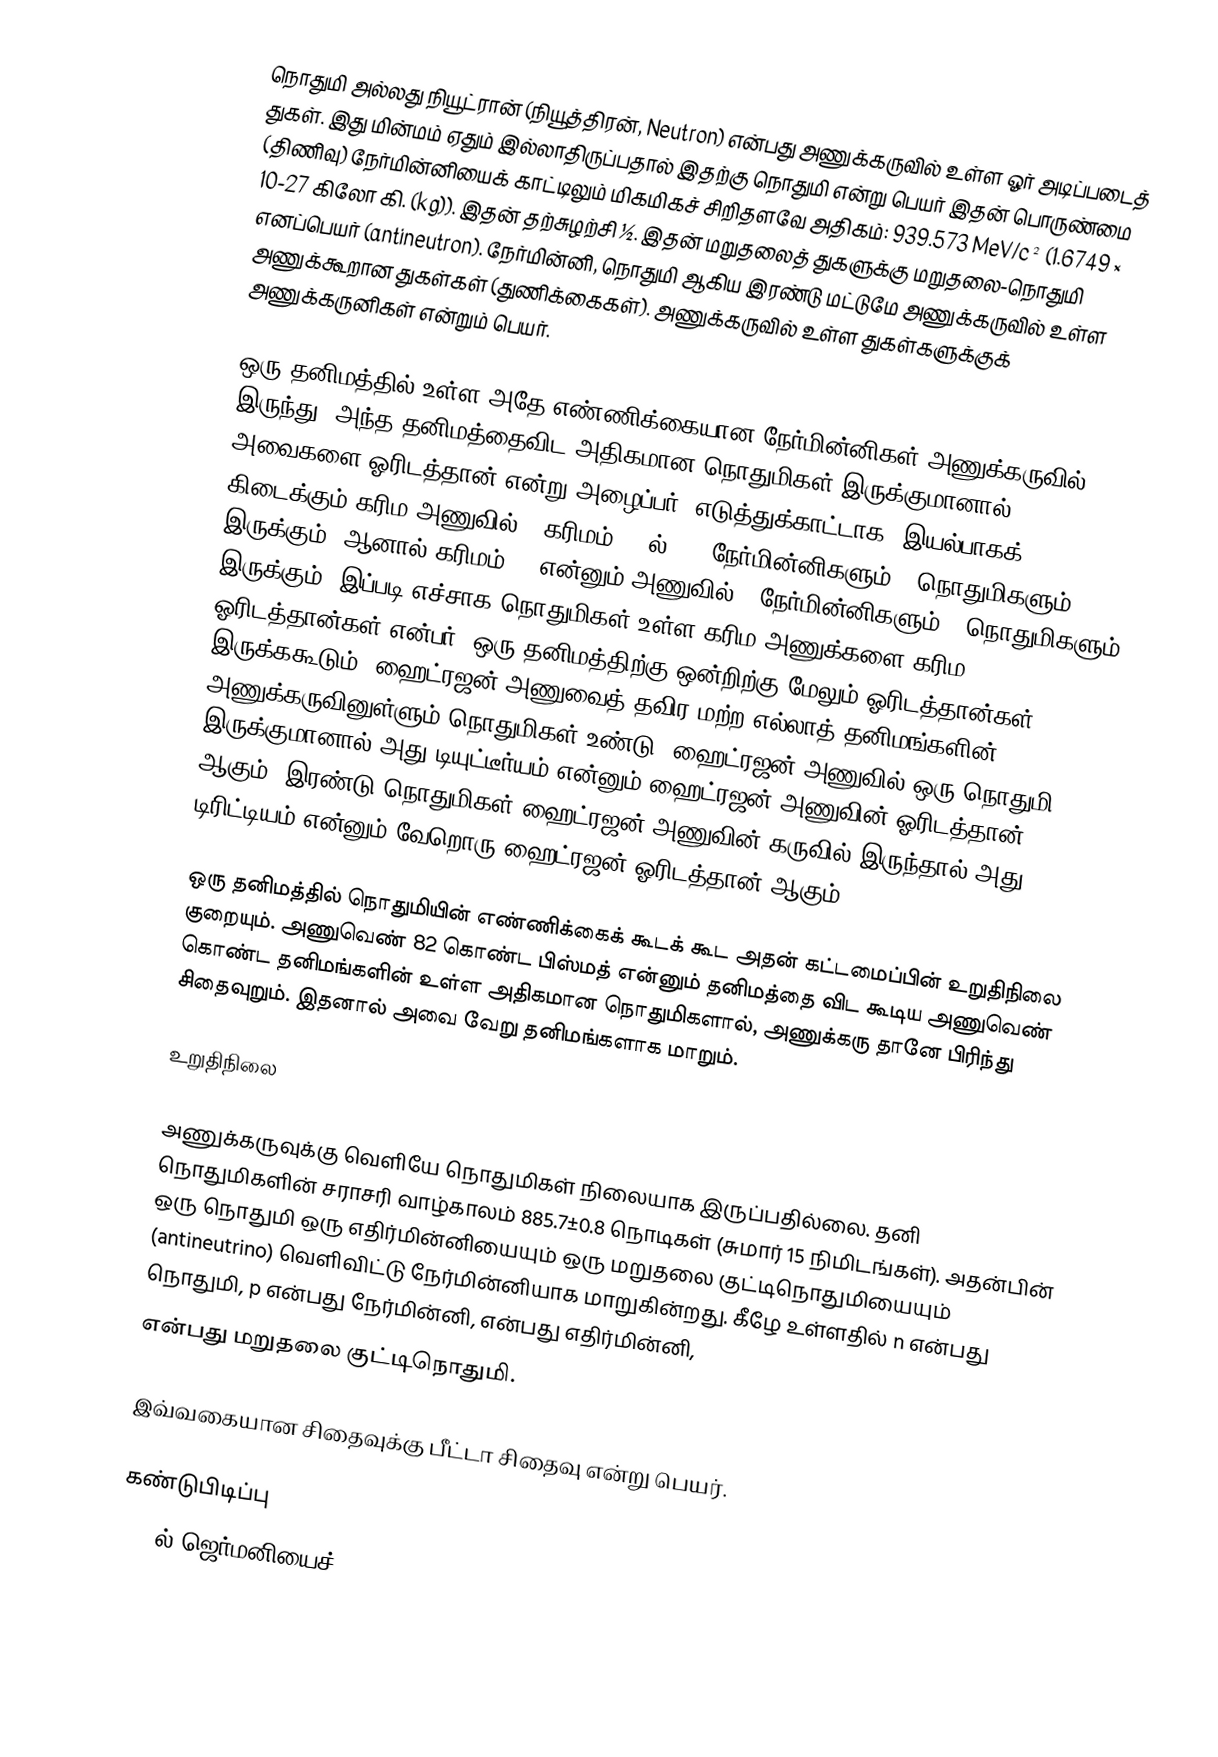
நொதுமி அல்லது நியூட்ரான் (நியூத்திரன், Neutron) என்பது அணுக்கருவில் உள்ள ஓர் அடிப்படைத் துகள். இது மின்மம் ஏதும் இல்லாதிருப்பதால் இதற்கு நொதுமி என்று பெயர் இதன் பொருண்மை (திணிவு) நேர்மின்னியைக் காட்டிலும் மிகமிகச் சிறிதளவே அதிகம்: 939.573 MeV/c² (1.6749 × 10-27 கிலோ கி. (kg)). இதன் தற்சுழற்சி ½. இதன் மறுதலைத் துகளுக்கு மறுதலை-நொதுமி எனப்பெயர் (antineutron). நேர்மின்னி, நொதுமி ஆகிய இரண்டு மட்டுமே அணுக்கருவில் உள்ள அணுக்கூறான துகள்கள் (துணிக்கைகள்). அணுக்கருவில் உள்ள துகள்களுக்குக் அணுக்கருனிகள் என்றும் பெயர்.

ஒரு தனிமத்தில் உள்ள அதே எண்ணிக்கையான நேர்மின்னிகள் அணுக்கருவில் இருந்து, அந்த தனிமத்தைவிட அதிகமான நொதுமிகள் இருக்குமானால் அவைகளை ஓரிடத்தான் என்று அழைப்பர். எடுத்துக்காட்டாக, இயல்பாகக் கிடைக்கும் கரிம அணுவில், (கரிமம்-12 ல்), 6 நேர்மின்னிகளும் 6 நொதுமிகளும் இருக்கும். ஆனால் கரிமம்-14 என்னும் அணுவில் 6 நேர்மின்னிகளும் 8 நொதுமிகளும் இருக்கும். இப்படி எச்சாக நொதுமிகள் உள்ள கரிம அணுக்களை கரிம ஓரிடத்தான்கள் என்பர். ஒரு தனிமத்திற்கு ஒன்றிற்கு மேலும் ஓரிடத்தான்கள் இருக்ககூடும். ஹைட்ரஜன் அணுவைத் தவிர மற்ற எல்லாத் தனிமங்களின் அணுக்கருவினுள்ளும் நொதுமிகள் உண்டு. ஹைட்ரஜன் அணுவில் ஒரு நொதுமி இருக்குமானால் அது டியுட்டீர்யம் என்னும் ஹைட்ரஜன் அணுவின் ஓரிடத்தான் ஆகும். இரண்டு நொதுமிகள் ஹைட்ரஜன் அணுவின் கருவில் இருந்தால் அது டிரிட்டியம் என்னும் வேறொரு ஹைட்ரஜன் ஓரிடத்தான் ஆகும்.

ஒரு தனிமத்தில் நொதுமியின் எண்ணிக்கைக் கூடக் கூட அதன் கட்டமைப்பின் உறுதிநிலை குறையும். அணுவெண் 82 கொண்ட பிஸ்மத் என்னும் தனிமத்தை விட கூடிய அணுவெண் கொண்ட தனிமங்களின் உள்ள அதிகமான நொதுமிகளால், அணுக்கரு தானே பிரிந்து சிதைவுறும். இதனால் அவை வேறு தனிமங்களாக மாறும்.

உறுதிநிலை

அணுக்கருவுக்கு வெளியே நொதுமிகள் நிலையாக இருப்பதில்லை. தனி நொதுமிகளின் சராசரி வாழ்காலம் 885.7±0.8 நொடிகள் (சுமார் 15 நிமிடங்கள்). அதன்பின் ஒரு நொதுமி ஒரு எதிர்மின்னியையும் ஒரு மறுதலை குட்டிநொதுமியையும் (antineutrino) வெளிவிட்டு நேர்மின்னியாக மாறுகின்றது. கீழே உள்ளதில் n என்பது நொதுமி, p என்பது நேர்மின்னி,  என்பது எதிர்மின்னி,
 என்பது மறுதலை குட்டிநொதுமி.

இவ்வகையான சிதைவுக்கு பீட்டா சிதைவு என்று பெயர்.

கண்டுபிடிப்பு
1930ல் ஜெர்மனியைச்